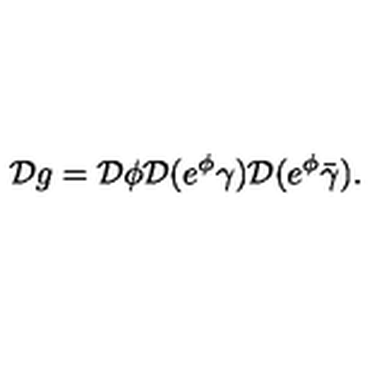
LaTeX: { \cal D } g = { \cal D } \phi { \cal D } ( e ^ { \phi } \gamma ) { \cal D } ( e ^ { \phi } \bar { \gamma } ) .